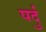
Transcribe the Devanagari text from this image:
पर्दु